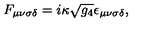
F _ { \mu \nu \sigma \delta } = i \kappa \sqrt { g _ { 4 } } \epsilon _ { \mu \nu \sigma \delta } ,